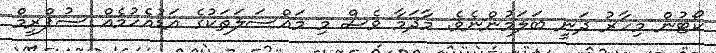
ކޯޓުން މިހާރު ދަނީ ބަލަމުންނެވެ. މާދަމާ ވެސް މި މައްސަލަތަކުގެ އަޑުއެހުމެއް ސުޕްރީމް